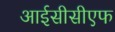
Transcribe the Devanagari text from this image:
आईसीसीएफ